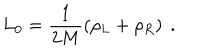
LaTeX: L _ { 0 } = \frac { 1 } { 2 M } \left( \rho _ { L } + \rho _ { R } \right) \ .